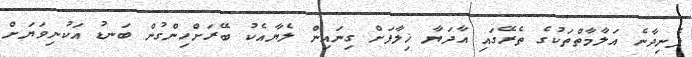
ފެނިދާނެ އަލާމާތްތަކުގެ ތެރޭގައި އާދަޔާ ޚިލާފަށް ގިނައިން ލެޔާއެކު ބޭރަށްހިންގުން ބަނޑު އަކުނިވަޔަށް